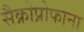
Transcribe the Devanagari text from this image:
सैक्रोप्रोफाना